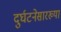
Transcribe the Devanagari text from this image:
दुर्घटनेसारख्या